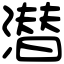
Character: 潜